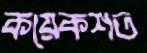
কয়েকশত